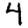
Digit: 4